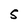
Character: S